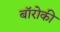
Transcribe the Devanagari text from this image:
बॉरोकी